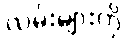
လမ်းများကို